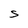
Character: S